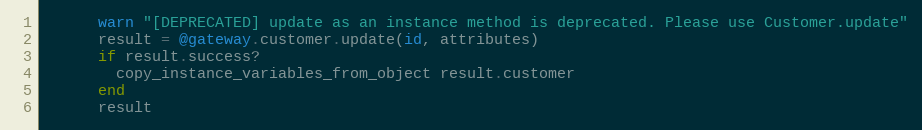
Language: Ruby
      warn "[DEPRECATED] update as an instance method is deprecated. Please use Customer.update"
      result = @gateway.customer.update(id, attributes)
      if result.success?
        copy_instance_variables_from_object result.customer
      end
      result